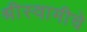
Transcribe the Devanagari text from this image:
श्रीस्वामीचे